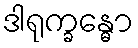
ဒါရုက္ခန္ဓော